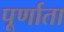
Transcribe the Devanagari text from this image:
पूर्णाता